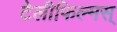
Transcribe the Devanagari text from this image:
टेलीफिल्मस्